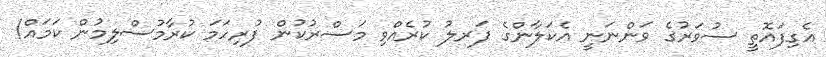
އެގިފައޮތީ ސުވަރުގެ ވަންނަނީ އެކަލާންގެ ފަރލު ކުރެއްވި މަސްރުކުން ފުރިހަމަ ކުރާމުސްލިމުން ކަމައް!